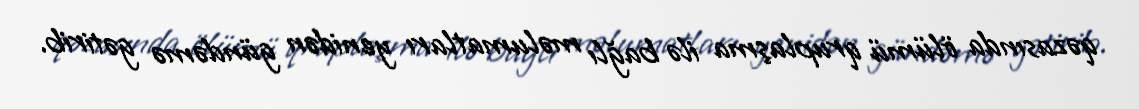
qəzasında ölümü qruplaşma ilə bağlı məlumatları yenidən gündəmə gətirib.